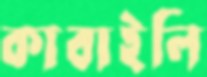
কাবাইলি